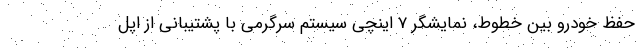
حفظ خودرو بین خطوط، نمایشگر 7 اینچی سیستم سرگرمی با پشتیبانی از اپل